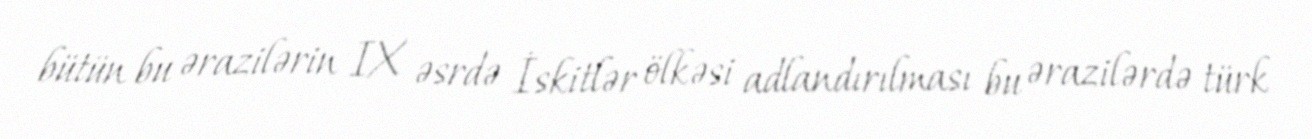
bütün bu ərazilərin IX əsrdə İskitlər ölkəsi adlandırılması bu ərazilərdə türk